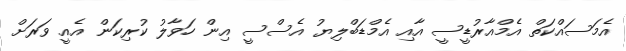
އެމަސައްކަތް އެމްއާރުޑީސީ އާއި އެމްޑަބްލިޔު އެސްސީ އިން ހަވާލު ކުރިކަން އެއީ ވަރަށް